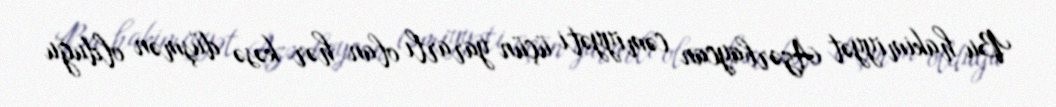
Bu hakimiyyət Azərbaycan cəmiyyəti üçün yararlı olan hər kəsə düşmən olduğu